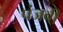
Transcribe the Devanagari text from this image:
पंजबी